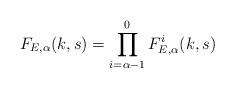
LaTeX: \begin{align*} F_{E,\alpha}(k,s)=\prod_{i=\alpha-1}^0 F_{E,\alpha}^i(k,s)\end{align*}